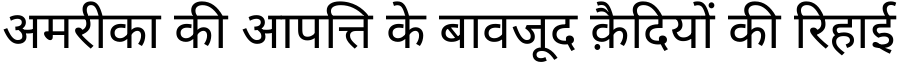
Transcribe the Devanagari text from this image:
अमरीका की आपत्ति के बावजूद क़ैदियों की रिहाई